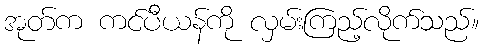
အုတ်က ကင်ပီယန်ကို လှမ်းကြည့်လိုက်သည်။